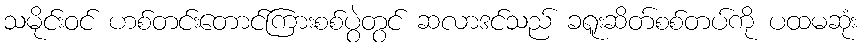
သမိုင်းဝင် ဟစ်တင်းတောင်ကြားစစ်ပွဲတွင် ဆလာဒင်သည် ခရူးဆိတ်စစ်တပ်ကို ပထမဆုံး